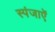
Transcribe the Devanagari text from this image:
स्पंजाऐं